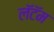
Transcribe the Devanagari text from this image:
लॅटॅम